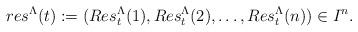
LaTeX: \begin{align*} res^{\Lambda}(t):=(Res_t^{\Lambda}(1),Res_t^{\Lambda}(2),\dots,Res_t^{\Lambda}(n))\in I^n.\end{align*}